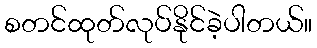
စတင်ထုတ်လုပ်နိုင်ခဲ့ပါတယ်။